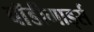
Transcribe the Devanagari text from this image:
बाॅडीगार्ड्स